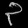
Digit: ၃